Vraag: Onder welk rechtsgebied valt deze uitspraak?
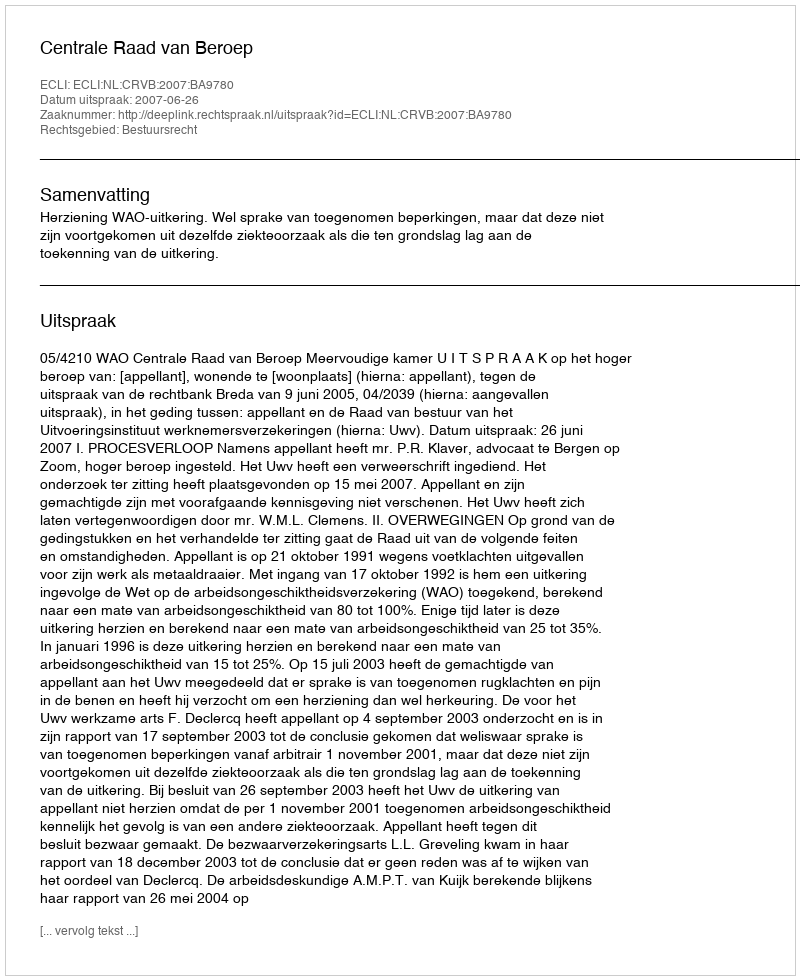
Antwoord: Bestuursrecht